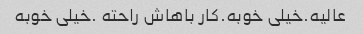
عالیه.خیلی خوبه.کار باهاش راحته .خیلی خوبه